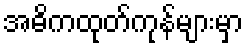
အဓိကထုတ်ကုန်များမှာ